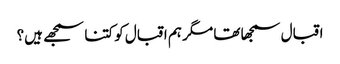
اقبال سمجھا تھا مگر ہم اقبال کو کتنا سمجھے ہیں؟